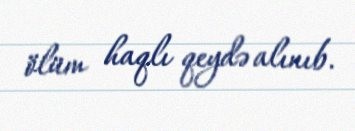
ölüm haqlı qeydə alınıb.